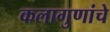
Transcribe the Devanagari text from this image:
कलागुणांचे